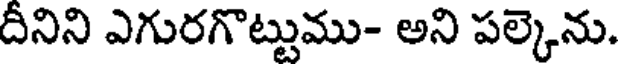
దీనిని ఎగురగొట్టుము- అని పల్కెను.